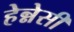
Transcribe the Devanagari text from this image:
हेन्नेसी